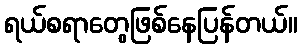
ရယ်စရာတွေဖြစ်နေပြန်တယ်။